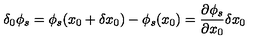
\delta _ { 0 } \phi _ { s } = \phi _ { s } ( x _ { 0 } + \delta x _ { 0 } ) - \phi _ { s } ( x _ { 0 } ) = \frac { \partial \phi _ { s } } { \partial x _ { 0 } } \delta x _ { 0 }